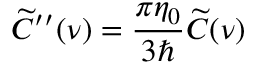
\widetilde { C } ^ { \prime \prime } ( \nu ) = \frac { \pi \eta _ { 0 } } { 3 \hbar } \widetilde { C } ( \nu )